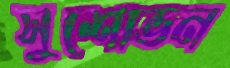
সুশোভন